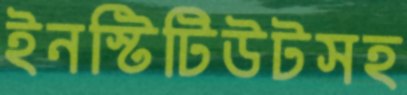
ইনস্টিটিউটসহ